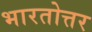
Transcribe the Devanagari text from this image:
भारतोत्तर